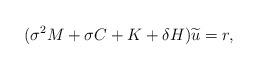
LaTeX: \begin{align*} (\sigma^{2}M+\sigma C+K+\delta H)\widetilde{u} = r,\end{align*}